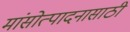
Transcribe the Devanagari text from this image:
मांसोत्पादनासाठी